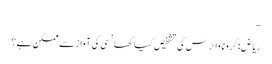
-
ریاض: کرونا وائرس کی تشخیص کیا کھانسی کی آواز سے ممکن ہے؟